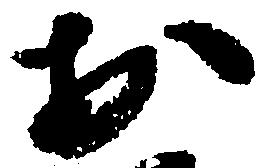
お